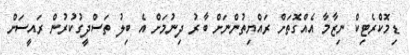
ޑިމޮކްރެޓިކް ނިޒާމާ އެއްގޮތަށް ރައްޔިތުންނަށް ބާރު ދިނުމަށް އެ ބިލު ތަސްދީގުކުރުން ރައީސަށް